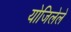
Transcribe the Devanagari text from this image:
योजिलेले